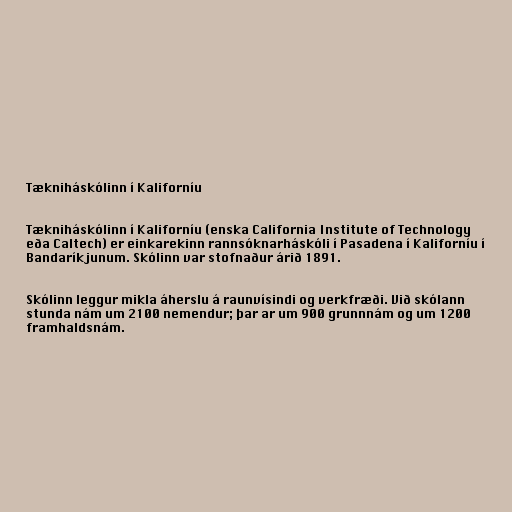
Tækniháskólinn í Kaliforníu

Tækniháskólinn í Kaliforníu (enska California Institute of Technology
eða Caltech) er einkarekinn rannsóknarháskóli í Pasadena í Kaliforníu í
Bandaríkjunum. Skólinn var stofnaður árið 1891.

Skólinn leggur mikla áherslu á raunvísindi og verkfræði. Við skólann
stunda nám um 2100 nemendur; þar ar um 900 grunnnám og um 1200
framhaldsnám.